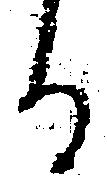
る